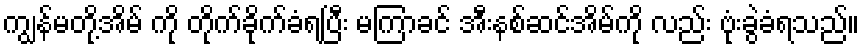
ကျွန်မတို့အိမ် ကို တိုက်ခိုက်ခံရပြီး မကြာခင် အီးနစ်ဆင်အိမ်ကို လည်း ဗုံးခွဲခံရသည်။